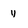
Character: y